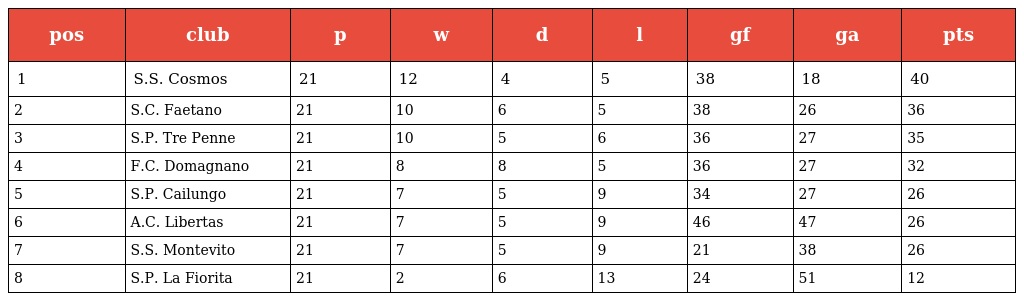
| pos | club | p | w | d | l | gf | ga | pts |
 | --- | --- | --- | --- | --- | --- | --- | --- | --- |
 | 1 | S.S. Cosmos | 21 | 12 | 4 | 5 | 38 | 18 | 40 |
 | 2 | S.C. Faetano | 21 | 10 | 6 | 5 | 38 | 26 | 36 |
 | 3 | S.P. Tre Penne | 21 | 10 | 5 | 6 | 36 | 27 | 35 |
 | 4 | F.C. Domagnano | 21 | 8 | 8 | 5 | 36 | 27 | 32 |
 | 5 | S.P. Cailungo | 21 | 7 | 5 | 9 | 34 | 27 | 26 |
 | 6 | A.C. Libertas | 21 | 7 | 5 | 9 | 46 | 47 | 26 |
 | 7 | S.S. Montevito | 21 | 7 | 5 | 9 | 21 | 38 | 26 |
 | 8 | S.P. La Fiorita | 21 | 2 | 6 | 13 | 24 | 51 | 12 |